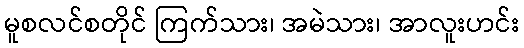
မူစလင်စတိုင် ကြက်သား၊ အမဲသား၊ အာလူးဟင်း